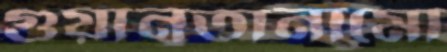
গুয়ানতানামো